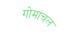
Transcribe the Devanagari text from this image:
गोमांचल